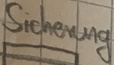
Text: Sicherung